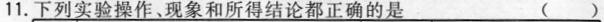
11.下列实验操作、现象和所得结论都正确的是（）